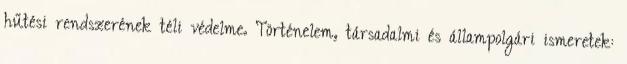
hűtési rendszerének téli védelme. Történelem, társadalmi és állampolgári ismeretek: